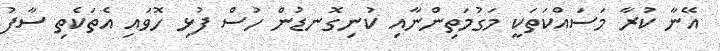
އޭނާ ކުރާ މަސައްކަތަކީ މަގުމަތިންނާއި ކުނިގޮނޑުން ހުސް ފުޅި ހޮވައި އެތަކެތި ސާފު